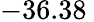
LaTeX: -36.38\